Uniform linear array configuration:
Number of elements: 48
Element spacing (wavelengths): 0.25
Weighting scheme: kaiser
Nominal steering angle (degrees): -45
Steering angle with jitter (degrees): -45.051
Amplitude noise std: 0.05
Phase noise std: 0.05

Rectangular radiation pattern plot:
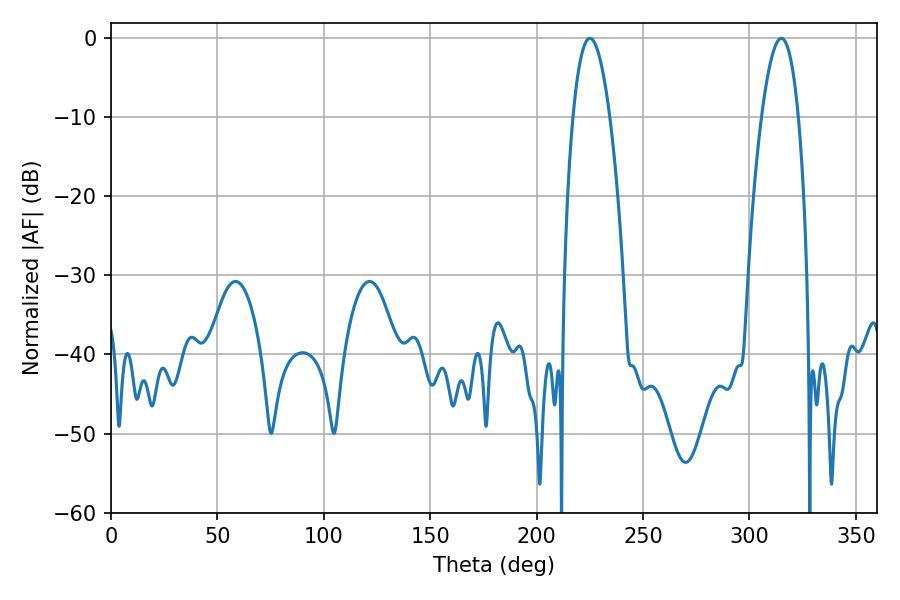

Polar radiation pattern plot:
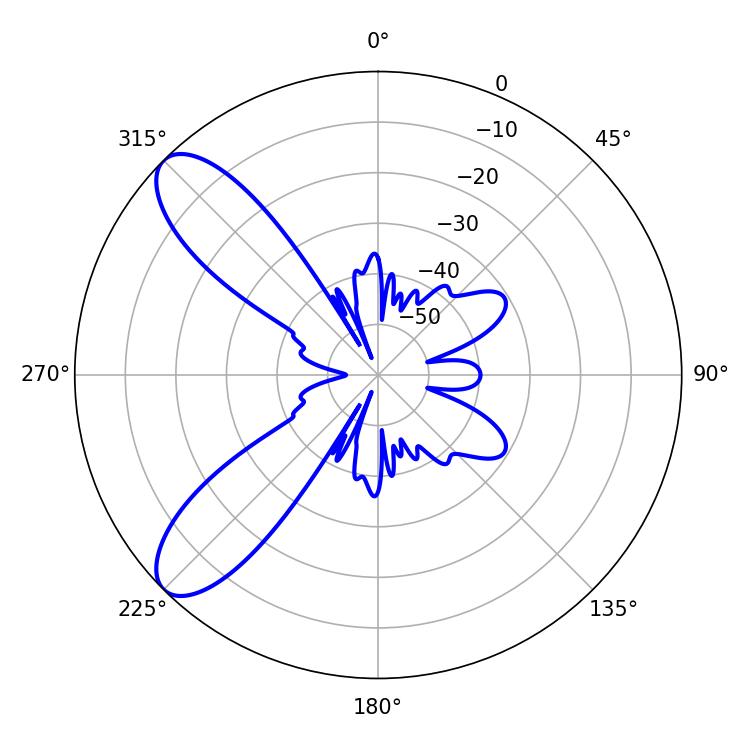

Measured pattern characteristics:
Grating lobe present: FALSE
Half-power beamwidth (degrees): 9.54
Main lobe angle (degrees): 225